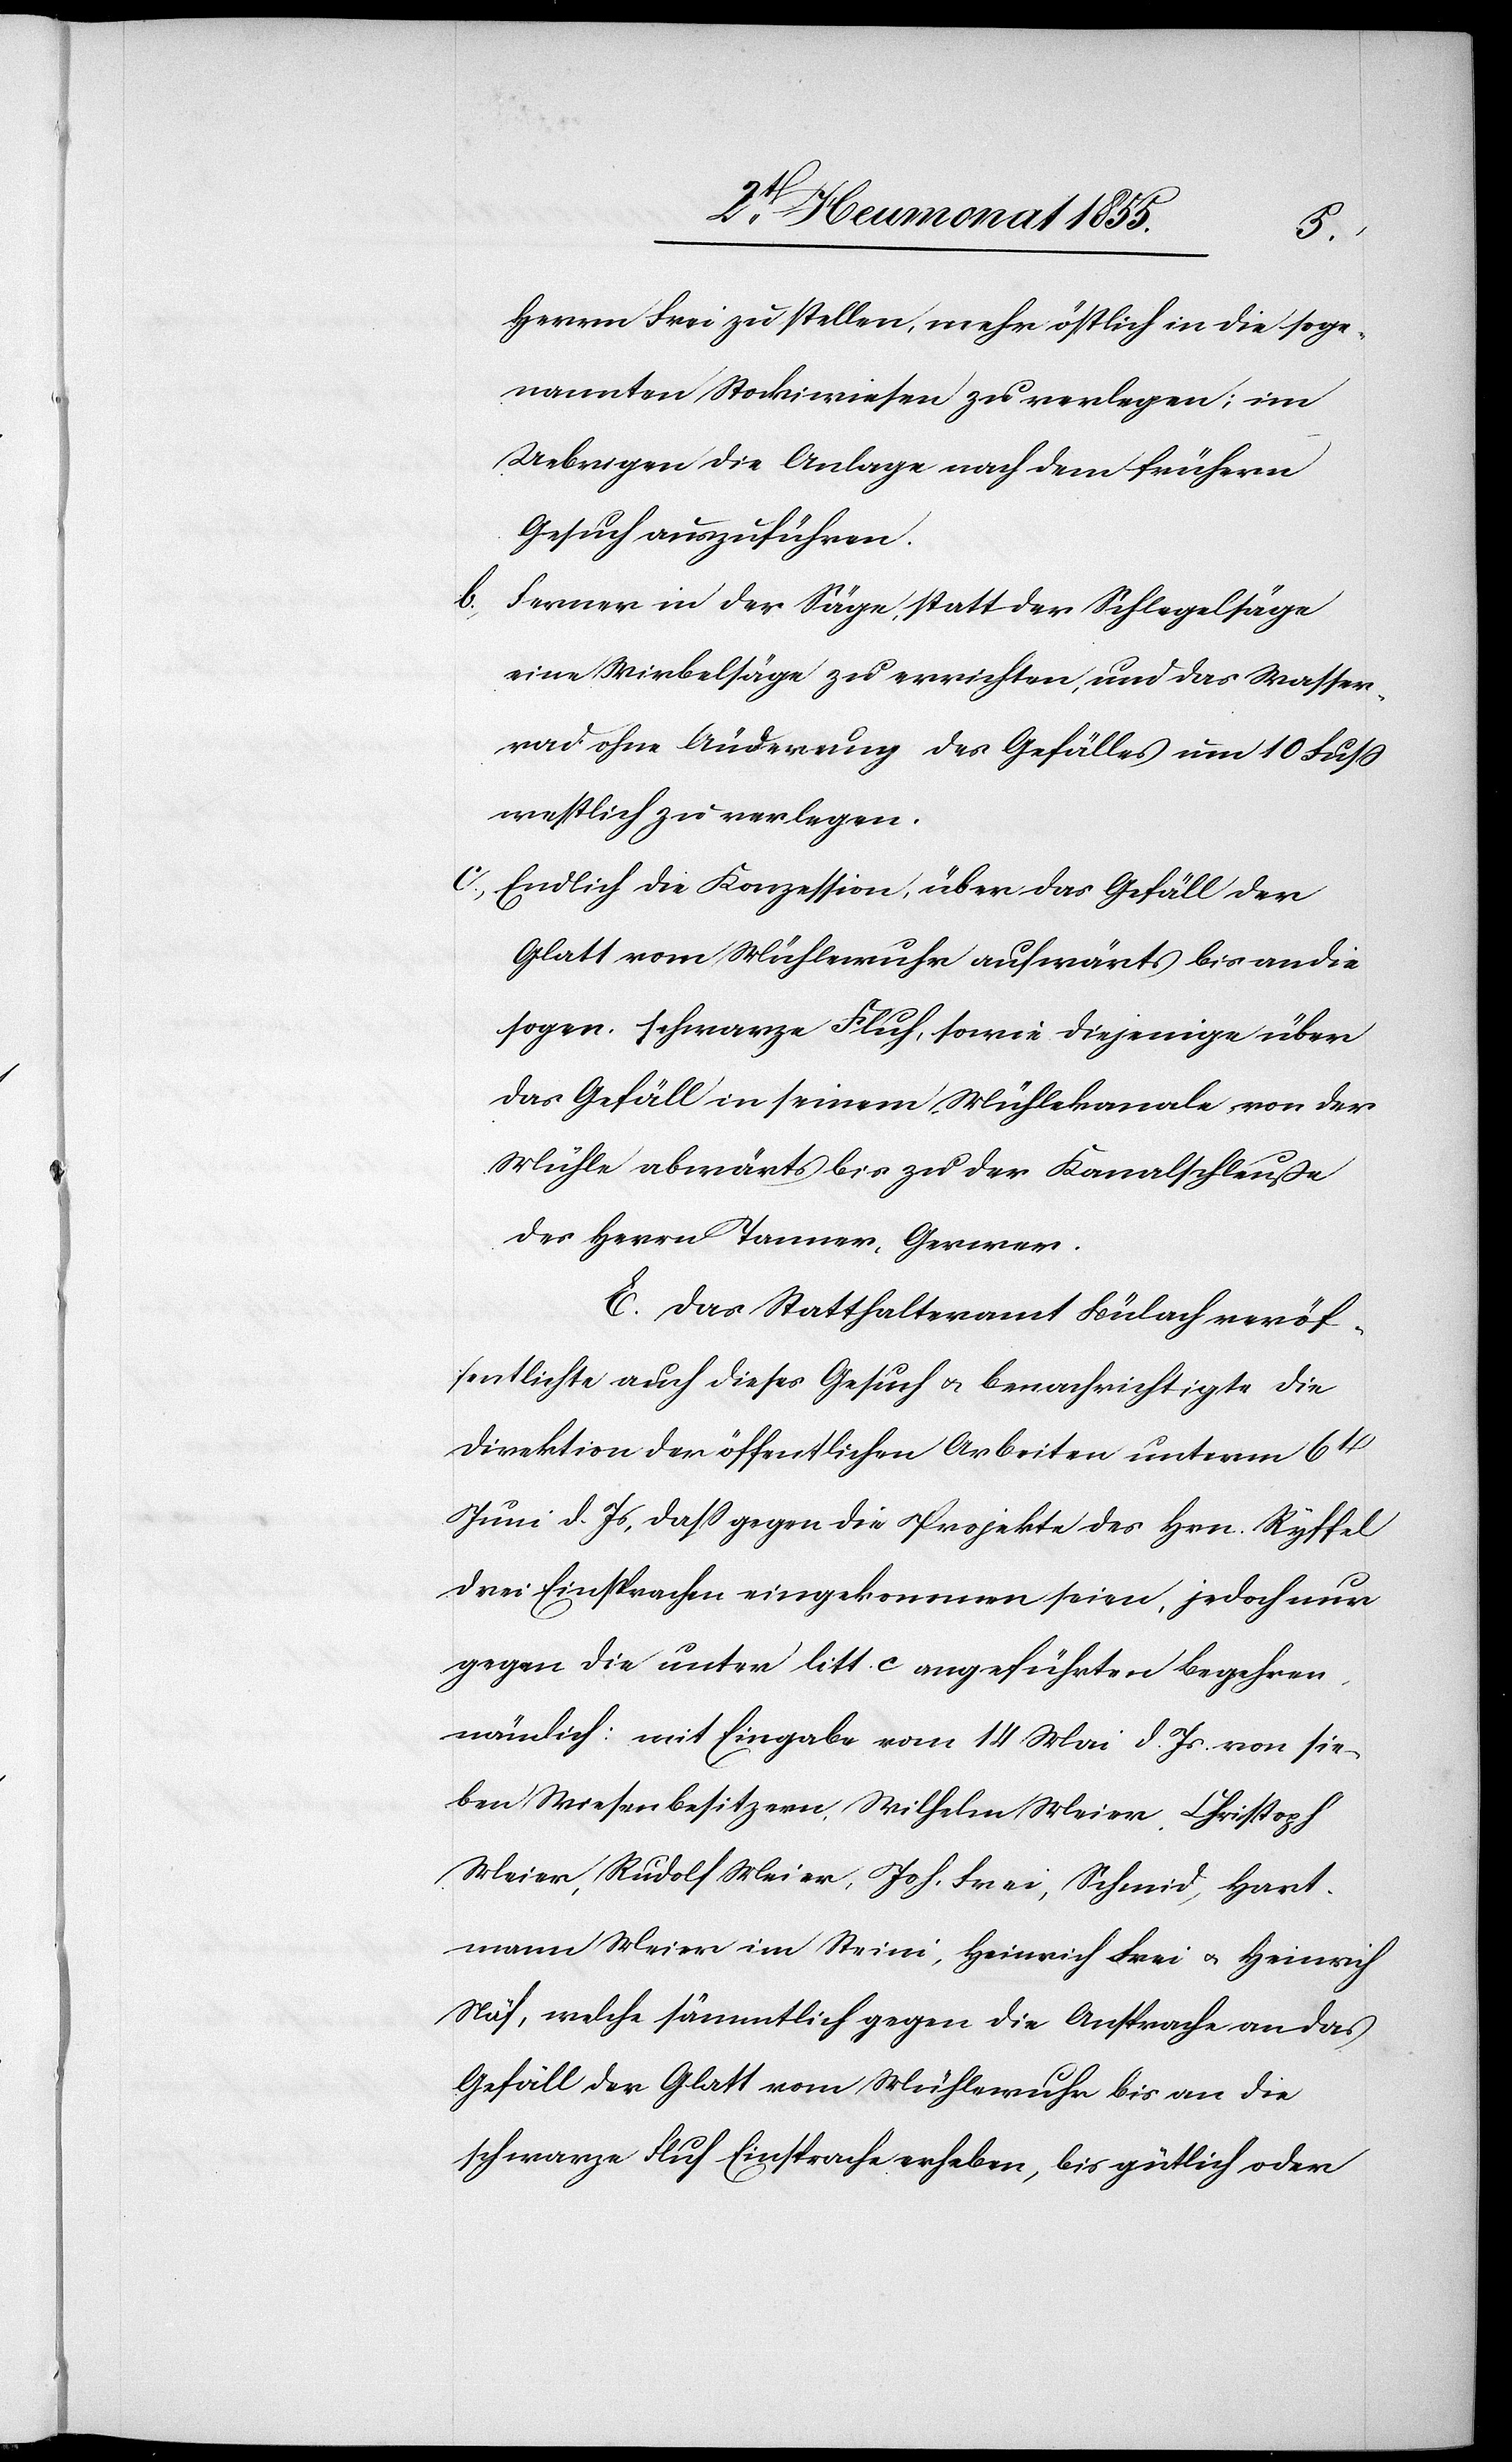
Herrn Frei zu stellen, mehr östlich in die soge¬
nannten Stockiwiesen zu verlegen; im
Uebrigen die Anlage nach dem frühern
Gesuch auszuführen.
Ferner in der Säge, statt der Schlegelsäge
eine Wirbelsäge zu errichten, und das Wasser¬
rad ohne Änderung des Gefälles um 10 Fuss
westlich zu verlegen.
Endlich die Konzession, über das Gefäll der
Glatt vom Mühlewuhr aufwärts bis an die
sogen. schwarze Fluh, sowie diejenige über
das Gefäll in seinem Mühlekanale von der
Mühle abwärts bis zu der Kanalschleuße
des Herrn Tanner, Gerwer.
E. Das Statthalteramt Bülach veröf¬
fentlichte auch dieses Gesuch & benachrichtigte die
Direktion der öffentlichen Arbeiten unterm 6t[en]
Juni d. Js, dass gegen die Projekte des Hrn. Ryffel
drei Einsprachen eingekommen seien, jedoch nur
gegen die unter litt. c angeführten Begehren,
nämlich: mit Eingabe vom 14 Mai d. Js. von sie¬
ben Wiesenbesitzern, Wilhelm Meier, Christoph
Meier, Rudolf Meier, Joh. Frei, Schmid, Hart¬
mann Meier im Steini, Heinrich Frei & Heinrich
Näf, welche sämmtlich gegen die Ansprache an das
Gefäll der Glatt vom Mühlewuhr bis an die
schwarze Fluh Einsprache erheben, bis gütlich oder